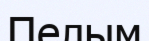
Пелым